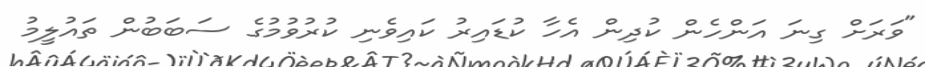
"ވަރަށް ގިނަ އަންހެން ކުދިން އެހާ ކުޑައިރު ކައިވެނި ކުރުވުމުގެ ސަބަބުން ތައުލީމު